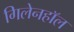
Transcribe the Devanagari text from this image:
गिलेनहाॅल